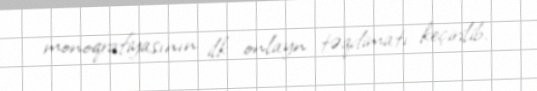
monoqrafiyasının ilk onlayn təqdimatı keçirilib.